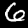
Digit: 6